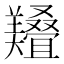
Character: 𱻔